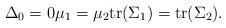
LaTeX: \begin{align*}\Delta_{0}=0\mu_{1}=\mu_{2}\textup{tr}(\Sigma_1)=\textup{tr}(\Sigma_2).\end{align*}